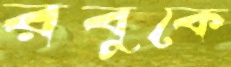
রবুকে